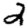
Digit: 2